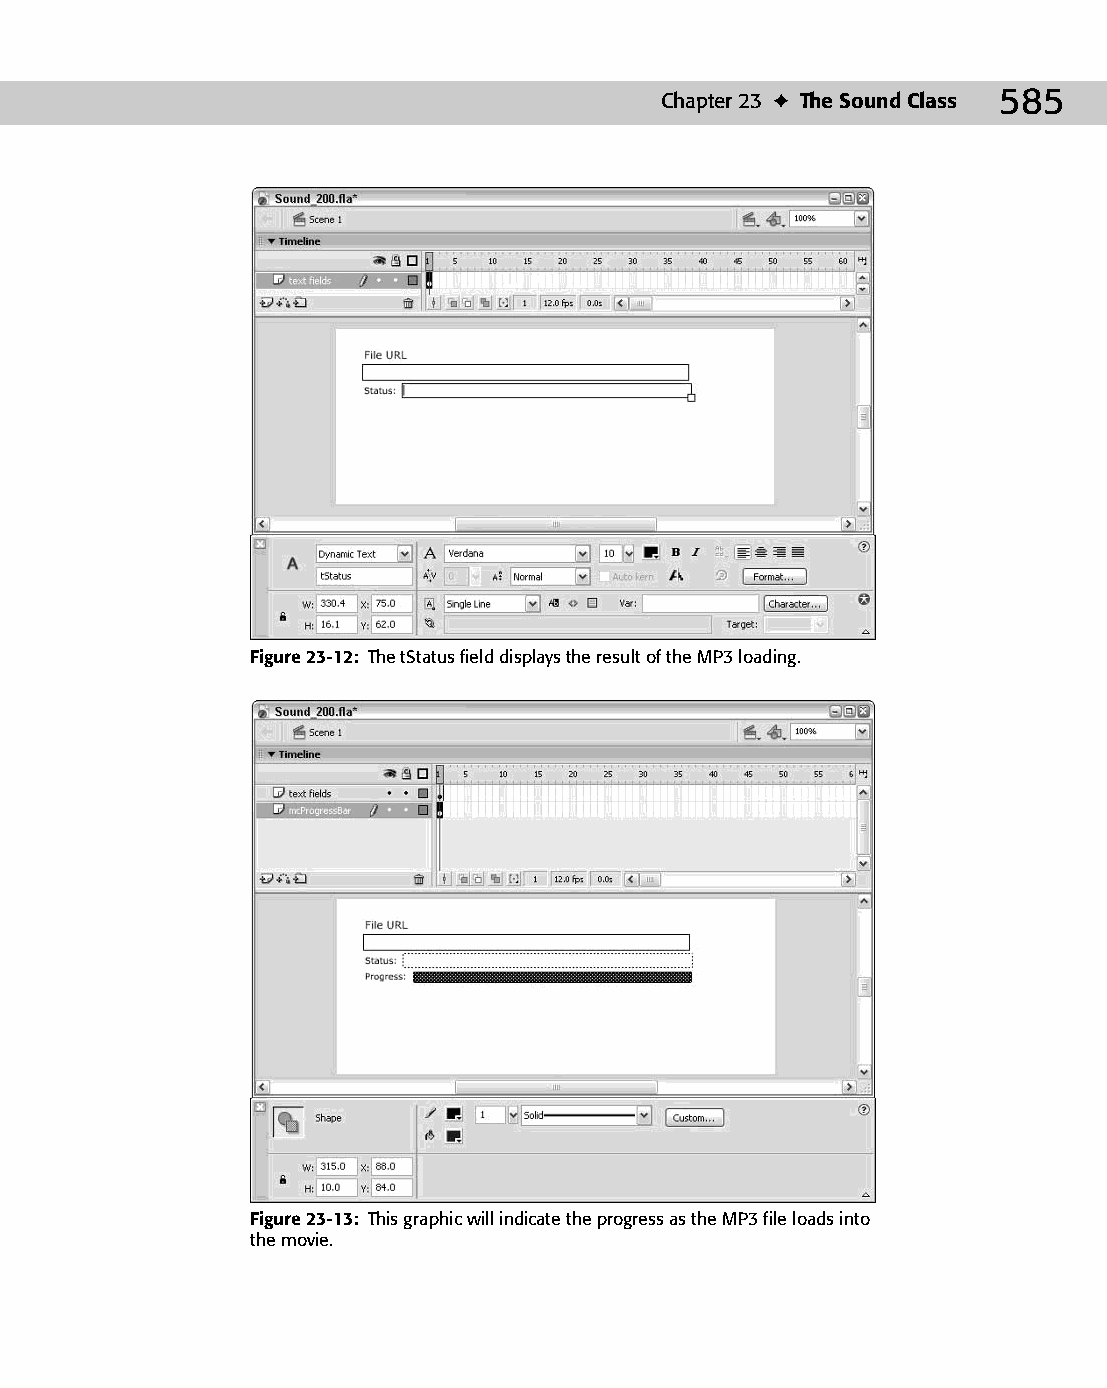
30 543547 ch23.qxd 3/24/04 4:09 PM Page 585
 Chapter 23 ✦ The Sound Class 585
 Figure 23-12: The tStatus field displays the result of the MP3 loading.
 Figure 23-13: This graphic will indicate the progress as the MP3 file loads into
 the movie.